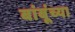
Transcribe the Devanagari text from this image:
बांबूंच्या